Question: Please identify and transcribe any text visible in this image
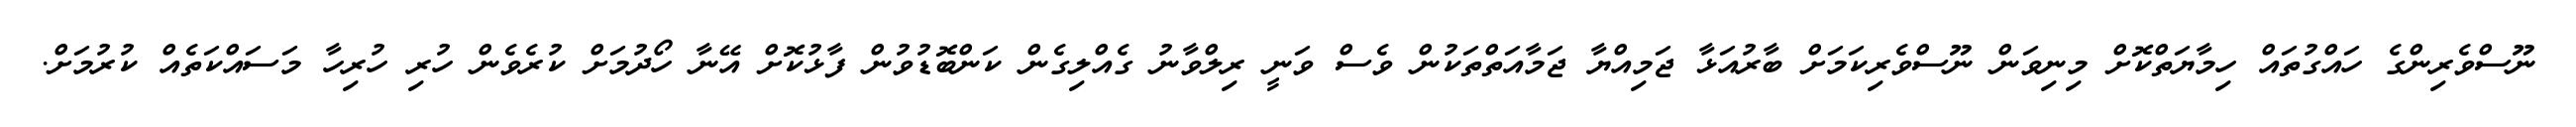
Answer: ނޫސްވެރިންގެ ހައްގުތައް ހިމާޔަތްކޮށް މިނިވަން ނޫސްވެރިކަމަށް ބާރުއަޅާ ޖަމިއްޔާ ޖަމާއަތްތަކުން ވެސް ވަނީ ރިލްވާނު ގެއްލިގެން ކަންބޮޑުވުން ފާޅުކޮށް އޭނާ ހޯދުމަށް ކުރެވެން ހުރި ހުރިހާ މަސައްކަތެއް ކުރުމަށް.